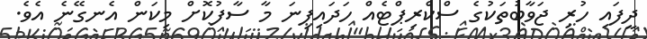
ދީފައި ހުރި ޖަވާބުތަކުގެ ސްކްރިޕްޓެއް ހަދައިފިނަ މާ ސާފުކޮށް މިކަން އެނގޭނެ އެވެ.